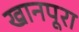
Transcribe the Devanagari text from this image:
खानपूरा